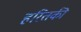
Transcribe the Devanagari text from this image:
हरितकी